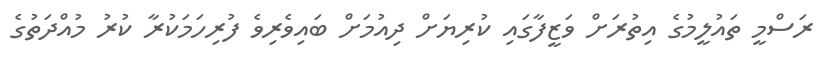
ރަސްމީ ތައުލީމުގެ އިތުރަށް ވަޒީފާގައި ކުރިޔަށް ދިއުމަށް ބައިވެރިވެ ފުރިހަމަކުރާ ކުރު މުއްދަތުގެ